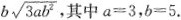
\sqrt { 3 a ^ { 5 } } - b \sqrt { 3 a b ^ { 2 } }$$，其中$$a = 3$$，$$b = 5$$.